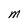
Character: M